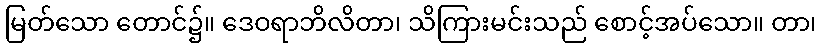
မြတ်သော တောင်၌။ ဒေဝရာဘိလိတာ၊ သိကြားမင်းသည် စောင့်အပ်သော။ တာ၊